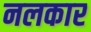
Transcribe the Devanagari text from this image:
नलकार